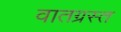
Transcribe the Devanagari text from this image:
वातग्रस्त